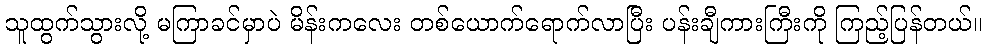
သူထွက်သွားလို့ မကြာခင်မှာပဲ မိန်းကလေး တစ်ယောက်ရောက်လာပြီး ပန်းချီကားကြီးကို ကြည့်ပြန်တယ်။